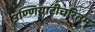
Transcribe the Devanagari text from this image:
उण्णियाटीचरितम्